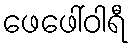
ဖေဖေါ်ဝါရီ